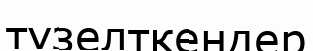
түзелткендер